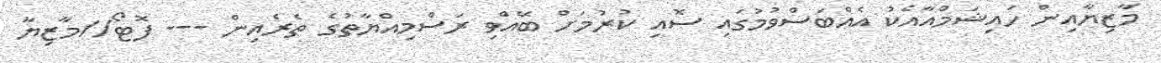
މާޒިޔާއިން ހައިޝަމްއާއެކު އެއްބަސްވުމުގައި ސޮއި ކުރުމަށް ބޭއްވި ރަސްމިއްޔާތުގެ ތެރެއިން --- ފޮޓޯ//މާޒިޔާ